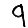
Digit: 9